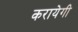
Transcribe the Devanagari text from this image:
करायेगी